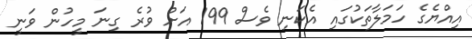
އިއްޔެގެ ހަމަލާތަކުގައި އެކަނި ވެސް 199 އަށް ވުރެ ގިނަ މީހުން ވަނީ